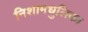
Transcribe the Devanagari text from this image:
निशामधुलिका